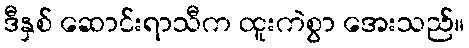
ဒီနှစ် ဆောင်းရာသီက ထူးကဲစွာ အေးသည်။